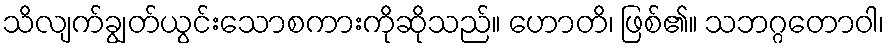
သိလျက်ချွတ်ယွင်းသောစကားကိုဆိုသည်။ ဟောတိ၊ ဖြစ်၏။ သဘဂ္ဂတောဝါ၊